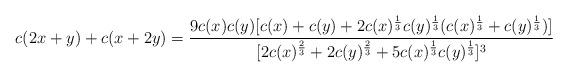
LaTeX: \begin{align*}c(2x+y)+c(x+2y)= \frac{9c(x)c(y)[c(x)+c(y)+2c(x)^{\frac{1}{3}}c(y)^{\frac{1}{3}}(c(x)^{\frac{1}{3}}+c(y)^{\frac{1}{3}})]}{[2c(x)^{\frac{2}{3}}+2c(y)^{\frac{2}{3}}+5c(x)^{\frac{1}{3}}c(y)^{\frac{1}{3}}]^{3}}\end{align*}